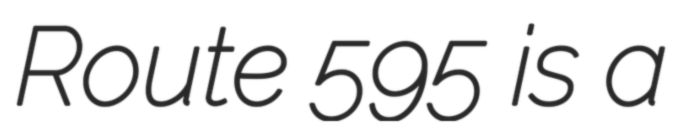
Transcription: Route 595 is a